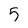
Character: 5